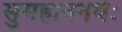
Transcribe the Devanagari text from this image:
सुमहाननर्थः